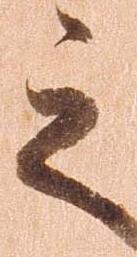
之